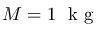
M = 1 ~ \mathrm { ~ k ~ g ~ }